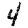
Digit: 4